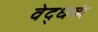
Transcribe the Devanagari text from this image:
वेद्धव्यं